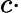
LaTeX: c\cdot